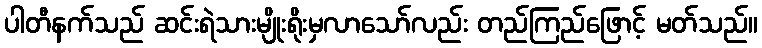
ပါတီနက်သည် ဆင်းရဲသားမျိုးရိုးမှလာသော်လည်း တည်ကြည်ဖြောင့် မတ်သည်။